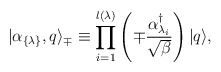
\begin{align*}| \alpha_{\{ \lambda \} }, q \rangle_{\mp}\equiv\prod_{i=1}^{l(\lambda)} \left(\mp {\alpha_{\lambda_i}^{\dagger} \over \sqrt{\beta}} \right)|q \rangle,\end{align*}